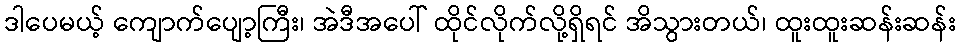
ဒါပေမယ့် ကျောက်ပျော့ကြီး၊ အဲဒီအပေါ် ထိုင်လိုက်လို့ရှိရင် အိသွားတယ်၊ ထူးထူးဆန်းဆန်း